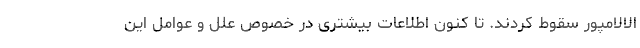
الالامپور سقوط کردند. تا کنون اطلاعات بیشتری در خصوص علل و عوامل این